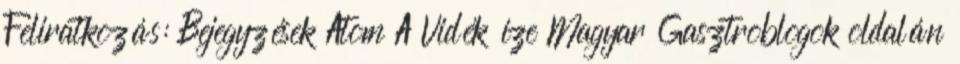
Feliratkozás: Bejegyzések Atom A Vidék íze Magyar Gasztroblogok oldalán